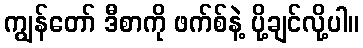
ကျွန်တော် ဒီစာကို ဖက်စ်နဲ့ ပို့ချင်လို့ပါ။